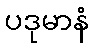
ပဒုမာနံ